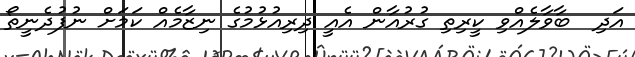
އަދި  ބާވާލެއްވި ކީރިތި ގުރުއާން އެއީ ދިރިއުޅުމުގެ ނިޒާމެއް ކަމަށް ނުފުދެނީތޯ